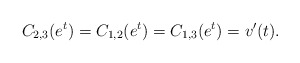
\begin{align*}C_{2,3}(e^t)=C_{1,2}(e^t)=C_{1,3}(e^t)=v'(t).\end{align*}